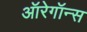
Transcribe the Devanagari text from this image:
ऑरेगॉन्स